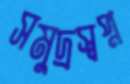
সমুদ্রস্বপ্ন